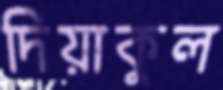
দিয়াকুল